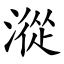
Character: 漎